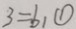
3 = b _ { 1 } \textcircled { 1 }